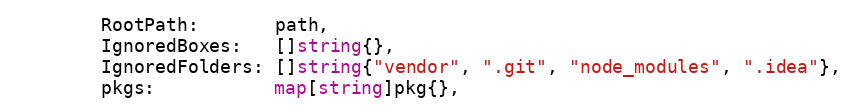
Language: Go
		RootPath:       path,
		IgnoredBoxes:   []string{},
		IgnoredFolders: []string{"vendor", ".git", "node_modules", ".idea"},
		pkgs:           map[string]pkg{},